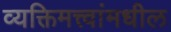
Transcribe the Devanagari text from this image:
व्यक्तिमत्त्वांमधील